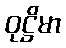
ဝုဋ္ဌိမာ